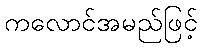
ကလောင်အမည်ဖြင့်